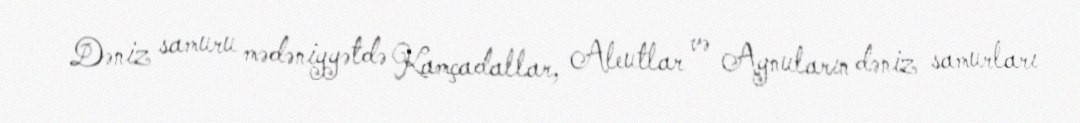
Dəniz samuru mədəniyyətdə Kamçadallar, Aleutlar və Aynuların dəniz samurları